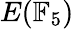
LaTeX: E(\mathbb{F}_{5})